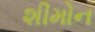
શીમોન